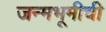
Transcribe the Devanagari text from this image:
जन्मभूमीची